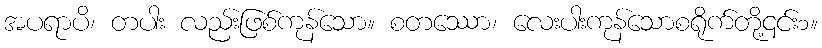
အပရာပိ၊ တပါး လည်းဖြစ်ကုန်သော။ စတဿော၊ လေးပါးကုန်သောစရိုက်တို့၎င်း၁။